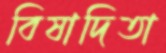
বিষাদিতা